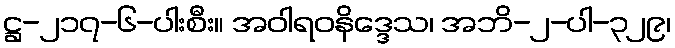
ဋ္ဌ-၂၁၇-၆-ပါးစီး။ အဝါရဝနိဒ္ဒေသ၊ အဘိ-၂-ပါ-၃၂၉၊